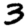
Digit: 3